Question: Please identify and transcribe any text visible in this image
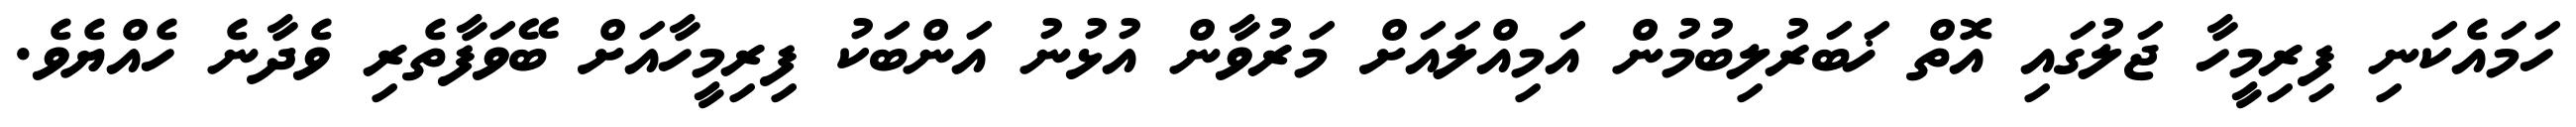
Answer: ހަމައެކަނި ފިރިމީހާ ޖަލުގައި އޮތް ޚަބަރުލިބުމުން އަމިއްލައަށް މަރުވާން އުޅުނު އަންބަކު ފިރިމީހާއަށް ބޭވަފާތެރި ވެދާނެ ހެއްޔެވެ.